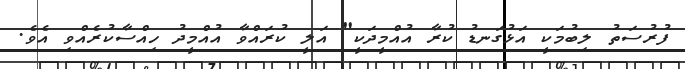
ފުރުސަތު ލިބުމަކީ އަޅުގަނޑު ކުރާ އުއްމީދަކީ" އަލީ ކުރައްވާ އުއްމީދު ހިއްސާކުރެއްވި އެވެ.